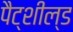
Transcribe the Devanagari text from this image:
पैट्शील्ड